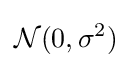
{\mathcal {N}}(0,\sigma ^{2})